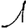
Digit: 1